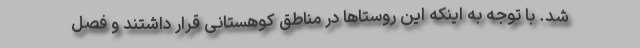
شد. با توجه به اینکه این روستاها در مناطق کوهستانی قرار داشتند و فصل